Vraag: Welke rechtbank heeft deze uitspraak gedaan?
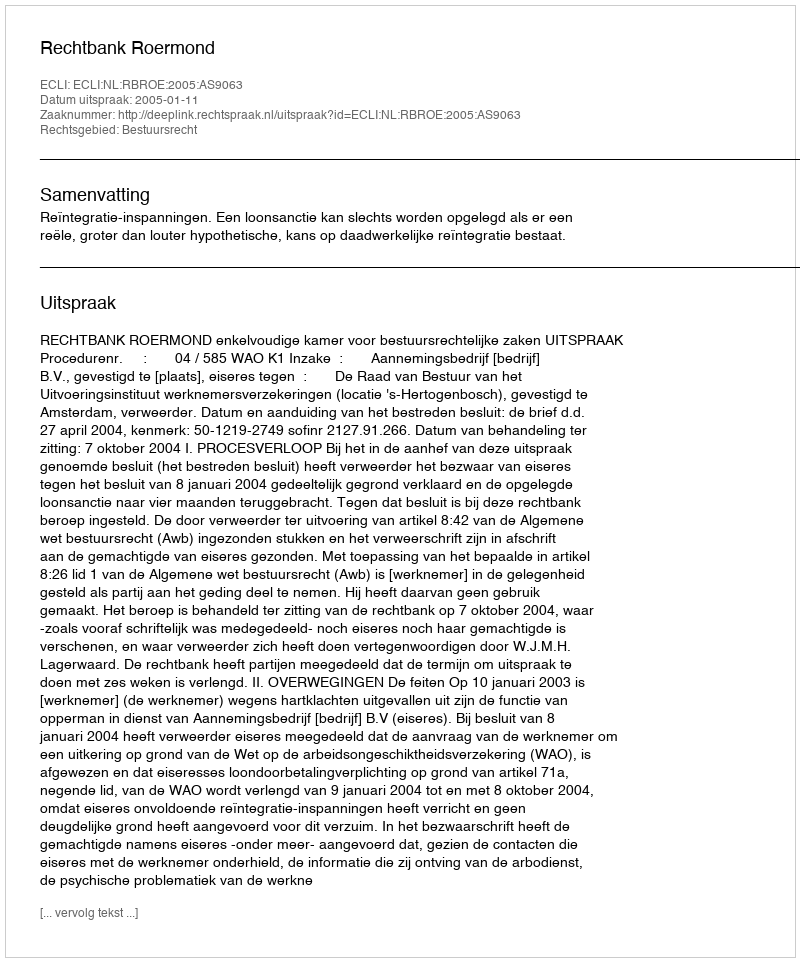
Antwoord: Rechtbank Roermond